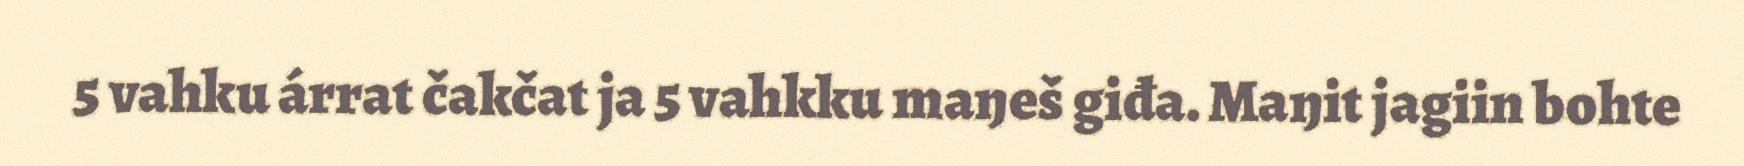
5 vahku árrat čakčat ja 5 vahkku maŋeš giđa. Maŋit jagiin bohte